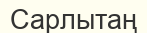
Сарлытаң